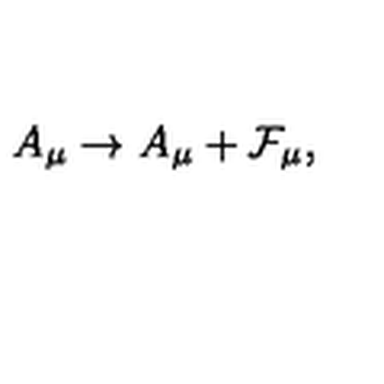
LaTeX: A _ { \mu } \rightarrow A _ { \mu } + { \cal F } _ { \mu } ,